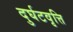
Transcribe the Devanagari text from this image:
दुर्घटवृत्ति